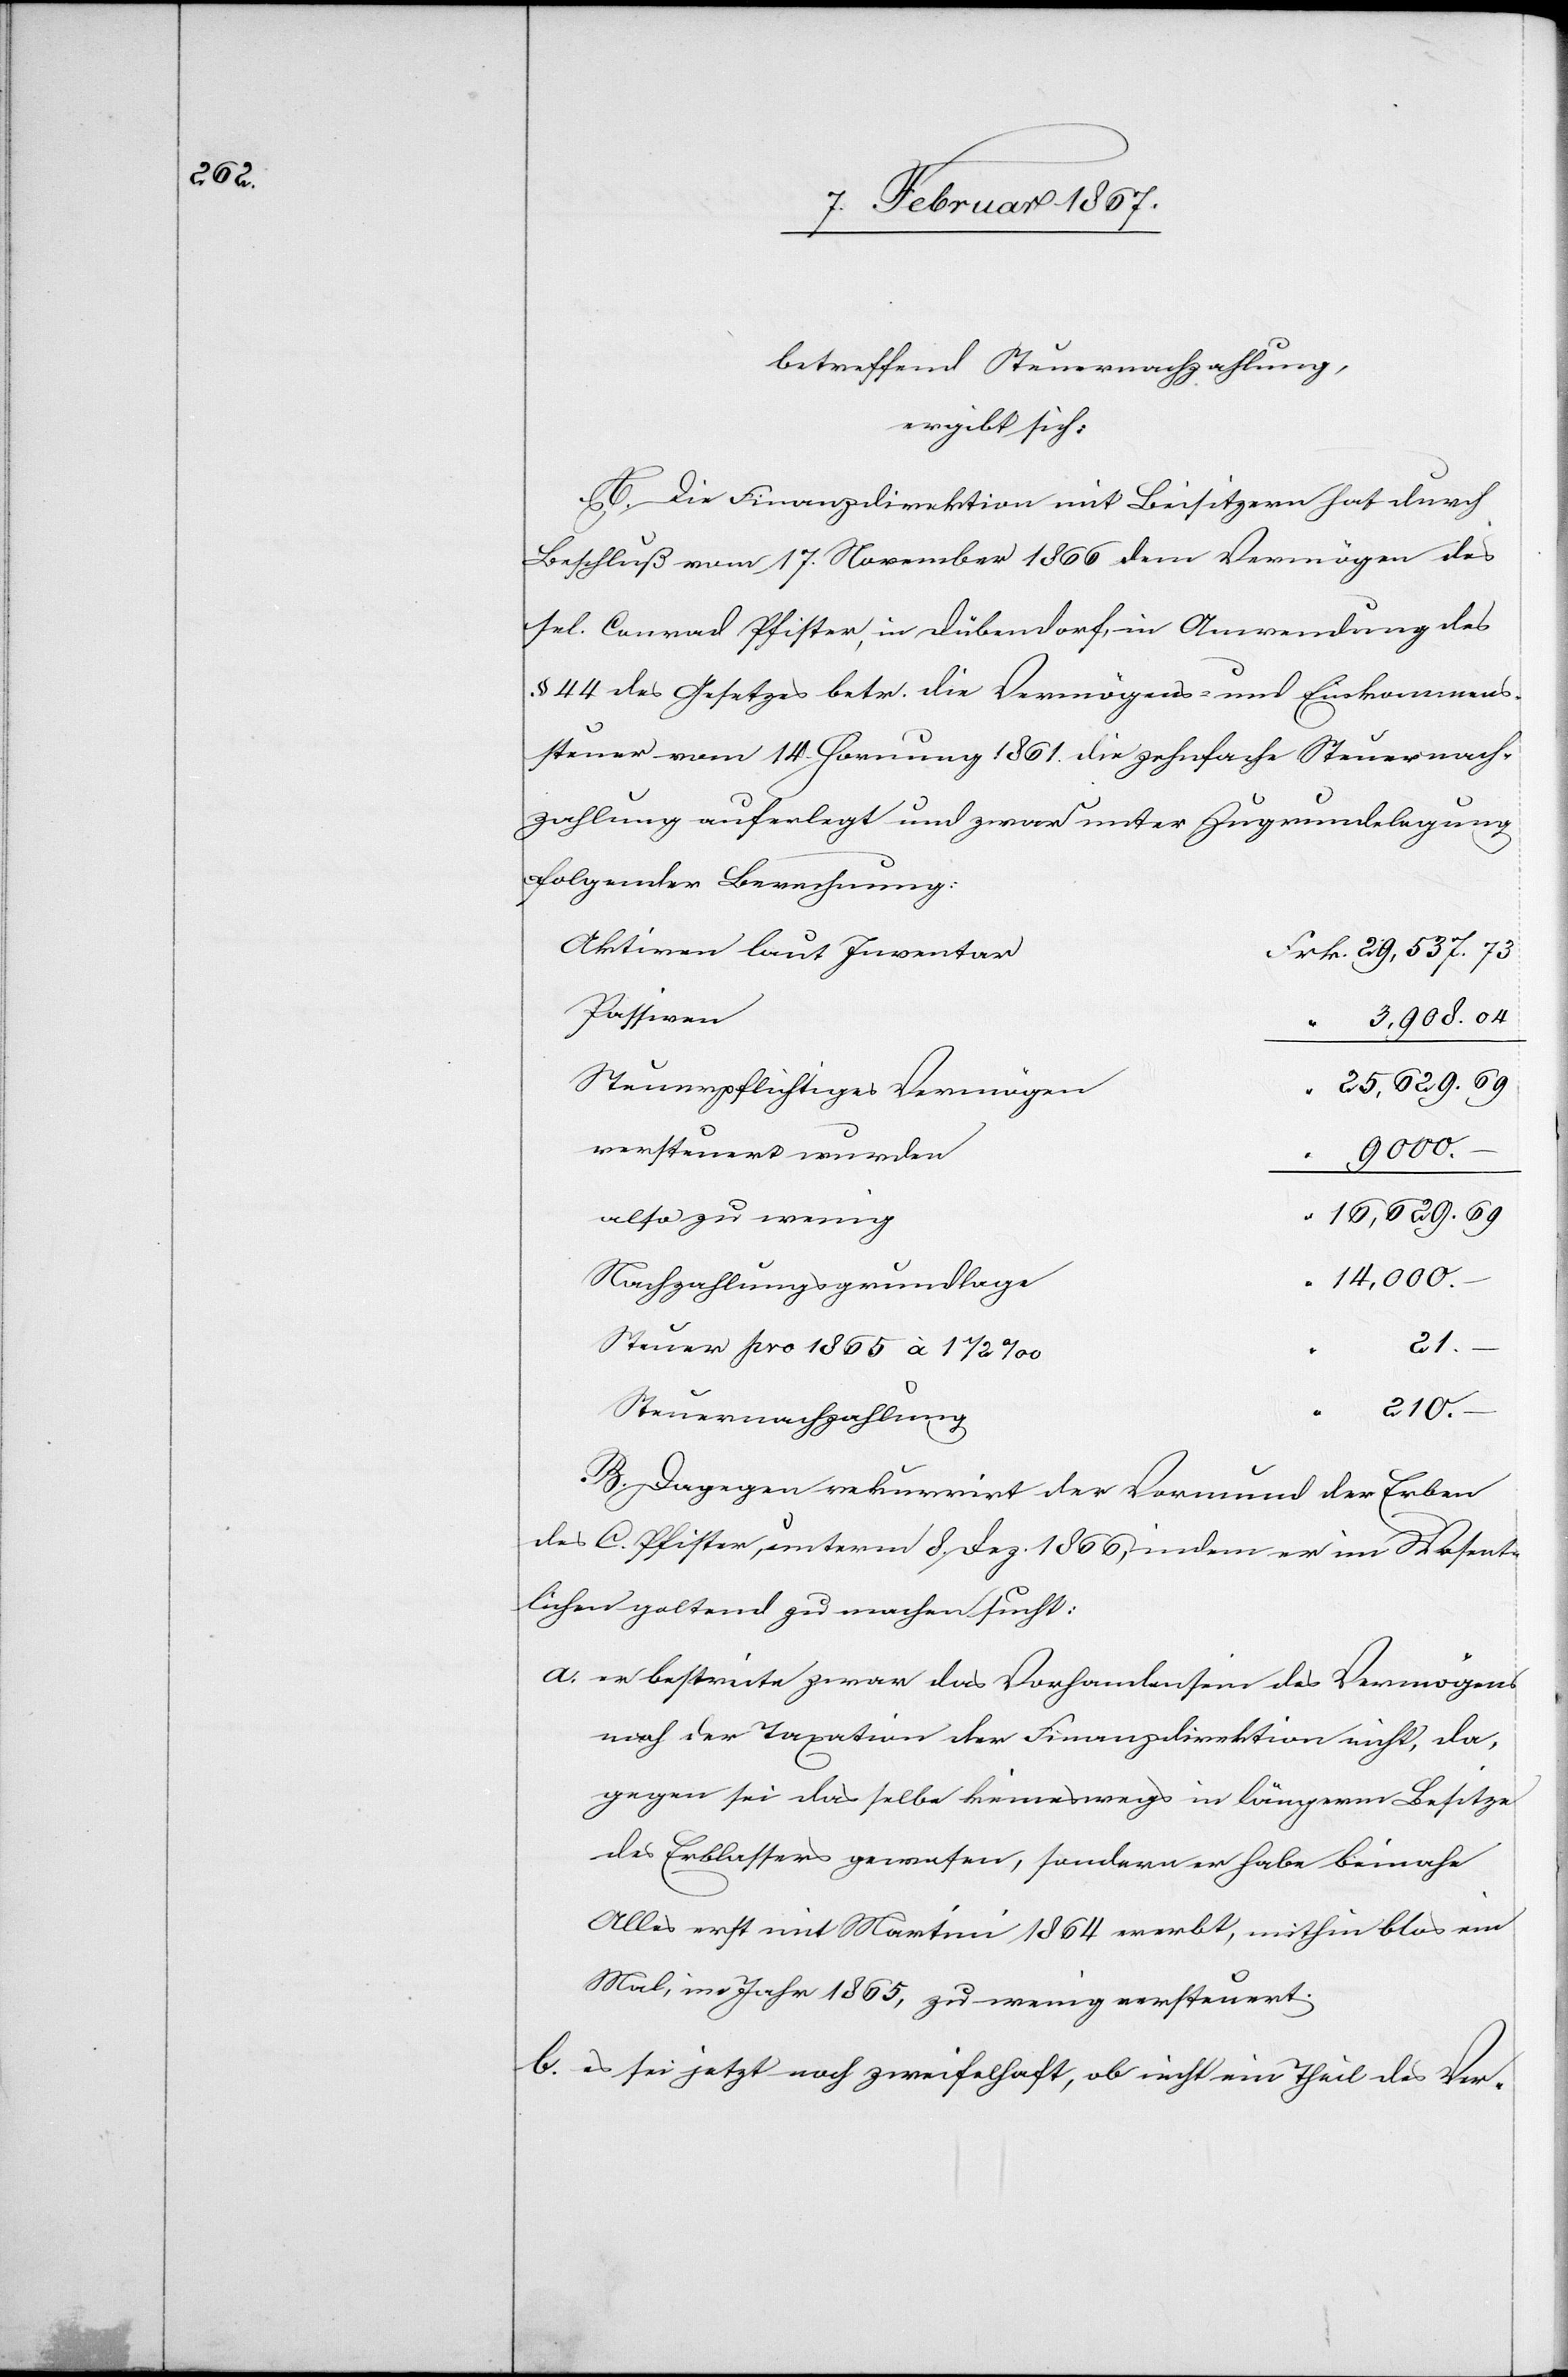
e

betreffend Steuernachzahlung,
ergibt sich:
A. Die Finanzdirektion mit Beisitzern hat durch
Beschluß vom 17. November 1866 dem Vermögen des
sel. Conrad Pfister, in Dübendorf, in Anwendung des
§ 44 des Gesetzes betr. die Vermögens- und Einkommens¬
steuer vom 14. Hornung 1861 die zehnfache Steuernach¬
zahlung auferlegt und zwar unter Zugrundelegung
folgender Berechnung:
3,908.04
zu
Steuerpflichtiges Vermöge¬
9000.
–
“	16,629.69
“	14,000.
Nachzahlungsgrundlag¬
21.
Steuer pro 1865 à 1 1/2
210.
B. Dagegen rekurrirt der Vormund der Erben
des C. Pfister, unterm 8. Dez. 1866, indem er im Wesent¬
lichen geltend zu machen sucht:
a.	er bestreite zwar das Vorhandensein des Vermögens
nach der Taxation der Finanzdirektion nicht, da¬
gegen sei das selbe keineswegs in längerem Besitze
des Erblassers gewesen, sondern er habe beinahe
Alles erst mit Martini 1864 ererbt, mithin blos ein
Mal, im Jahr 1865, zu wenig versteuert.
b.	es sei jetzt noch zweifelhaft, ob nicht ein Theil des Ver-